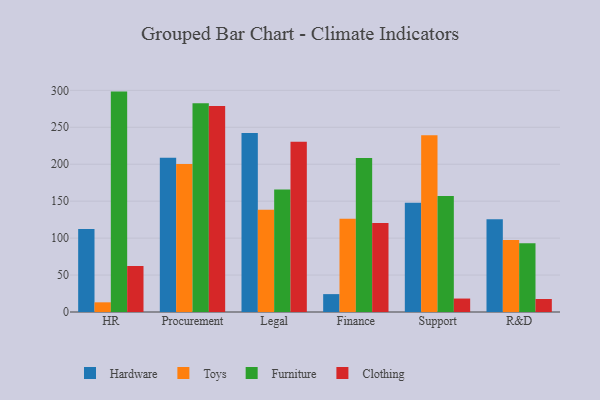
{"axis": {"x": "Department", "y": "Budget (USD K)"}, "legend": ["Clothing", "Furniture", "Hardware", "Toys"], "data": [{"x": "HR", "y": 112.3, "type": "Hardware"}, {"x": "HR", "y": 13.1, "type": "Toys"}, {"x": "HR", "y": 298.3, "type": "Furniture"}, {"x": "HR", "y": 62.3, "type": "Clothing"}, {"x": "Procurement", "y": 208.9, "type": "Hardware"}, {"x": "Procurement", "y": 200.3, "type": "Toys"}, {"x": "Procurement", "y": 282.4, "type": "Furniture"}, {"x": "Procurement", "y": 278.7, "type": "Clothing"}, {"x": "Legal", "y": 242.3, "type": "Hardware"}, {"x": "Legal", "y": 138.4, "type": "Toys"}, {"x": "Legal", "y": 165.8, "type": "Furniture"}, {"x": "Legal", "y": 230.5, "type": "Clothing"}, {"x": "Finance", "y": 24.2, "type": "Hardware"}, {"x": "Finance", "y": 126.3, "type": "Toys"}, {"x": "Finance", "y": 208.6, "type": "Furniture"}, {"x": "Finance", "y": 120.6, "type": "Clothing"}, {"x": "Support", "y": 147.7, "type": "Hardware"}, {"x": "Support", "y": 239.2, "type": "Toys"}, {"x": "Support", "y": 157.1, "type": "Furniture"}, {"x": "Support", "y": 18.2, "type": "Clothing"}, {"x": "R&D", "y": 125.4, "type": "Hardware"}, {"x": "R&D", "y": 97.4, "type": "Toys"}, {"x": "R&D", "y": 93.0, "type": "Furniture"}, {"x": "R&D", "y": 17.6, "type": "Clothing"}]}